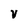
Character: v